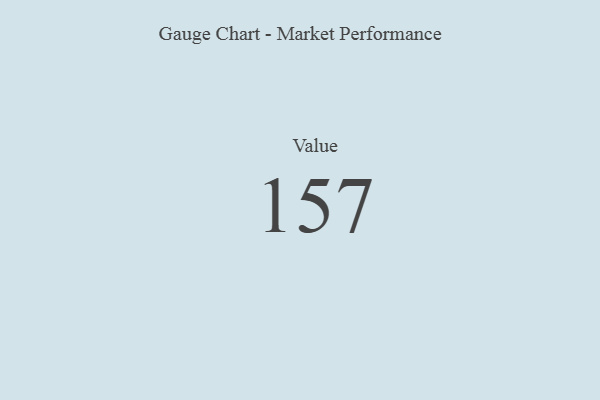
{"axis": {"x": "Metric", "y": "Value"}, "legend": [""], "data": [{"x": "Value", "y": 157, "type": ""}]}